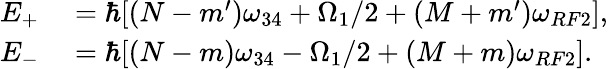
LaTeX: \begin{array}{rl}{E_{+}}&{{}=\hbar[(N-m^{\prime})\omega_{34}+\Omega_{1}/2+(M+m^{\prime})\omega_{RF2}],}\\ {E_{-}}&{{}=\hbar[(N-m)\omega_{34}-\Omega_{1}/2+(M+m)\omega_{RF2}].}\end{array}